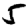
Digit: 5